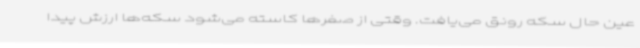
عین حال سکه رونق می‌یافت. وقتی از صفرها کاسته می‌شود سکه‌ها ارزش پیدا